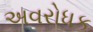
અવરોધક